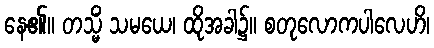
နေ၏။ တသ္မိံ သမယေ၊ ထိုအခါ၌။ စတုလောကပါလေဟိ၊